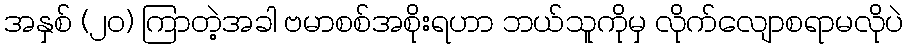
အနှစ် (၂၀) ကြာတဲ့အခါ ဗမာစစ်အစိုးရဟာ ဘယ်သူကိုမှ လိုက်လျောစရာမလိုပဲ